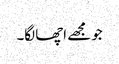
جو مجھے اچھا لگا۔